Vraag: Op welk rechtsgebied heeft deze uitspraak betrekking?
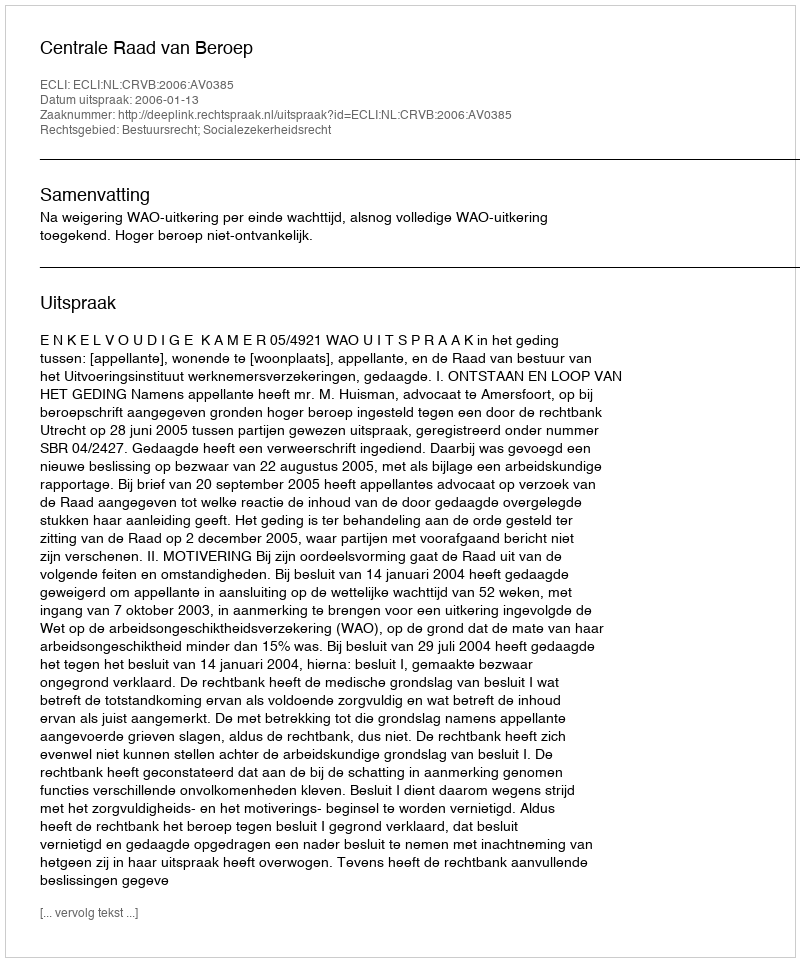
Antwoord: Bestuursrecht; Socialezekerheidsrecht